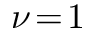
\nu \! = \! 1